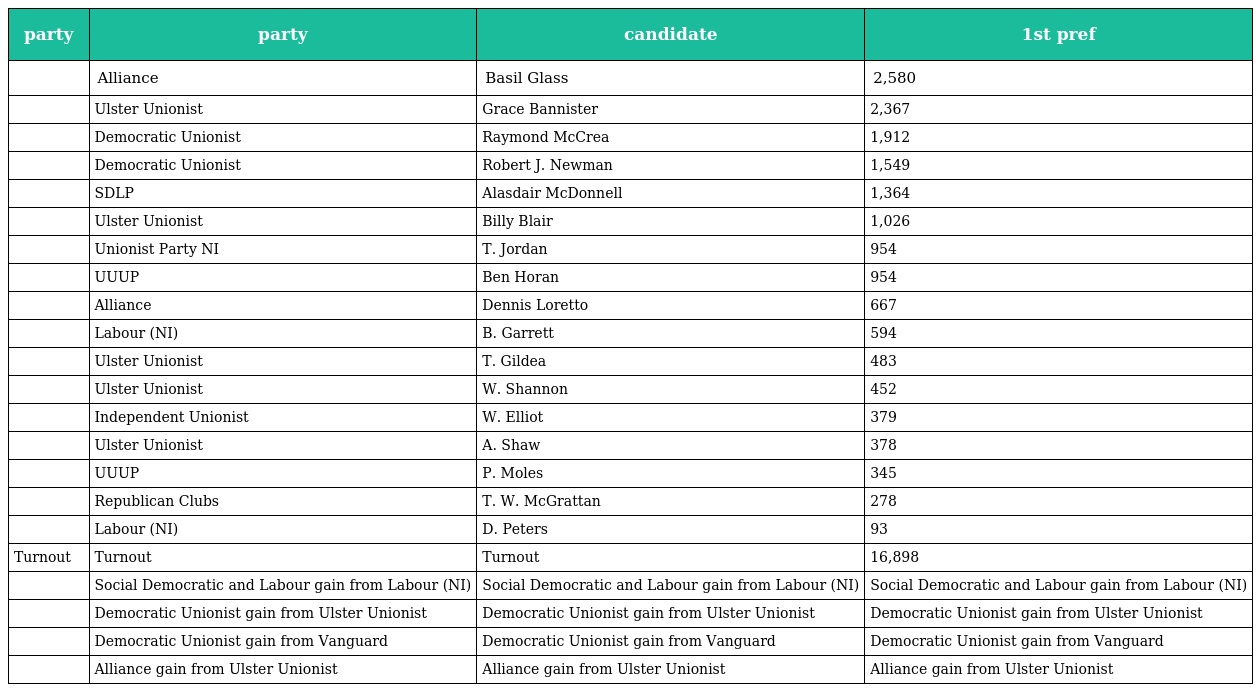
| party | party | candidate | 1st pref |
 | --- | --- | --- | --- |
 |  | Alliance | Basil Glass | 2,580 |
 |  | Ulster Unionist | Grace Bannister | 2,367 |
 |  | Democratic Unionist | Raymond McCrea | 1,912 |
 |  | Democratic Unionist | Robert J. Newman | 1,549 |
 |  | SDLP | Alasdair McDonnell | 1,364 |
 |  | Ulster Unionist | Billy Blair | 1,026 |
 |  | Unionist Party NI | T. Jordan | 954 |
 |  | UUUP | Ben Horan | 954 |
 |  | Alliance | Dennis Loretto | 667 |
 |  | Labour (NI) | B. Garrett | 594 |
 |  | Ulster Unionist | T. Gildea | 483 |
 |  | Ulster Unionist | W. Shannon | 452 |
 |  | Independent Unionist | W. Elliot | 379 |
 |  | Ulster Unionist | A. Shaw | 378 |
 |  | UUUP | P. Moles | 345 |
 |  | Republican Clubs | T. W. McGrattan | 278 |
 |  | Labour (NI) | D. Peters | 93 |
 | Turnout | Turnout | Turnout | 16,898 |
 |  | Social Democratic and Labour gain from Labour (NI) | Social Democratic and Labour gain from Labour (NI) | Social Democratic and Labour gain from Labour (NI) |
 |  | Democratic Unionist gain from Ulster Unionist | Democratic Unionist gain from Ulster Unionist | Democratic Unionist gain from Ulster Unionist |
 |  | Democratic Unionist gain from Vanguard | Democratic Unionist gain from Vanguard | Democratic Unionist gain from Vanguard |
 |  | Alliance gain from Ulster Unionist | Alliance gain from Ulster Unionist | Alliance gain from Ulster Unionist |